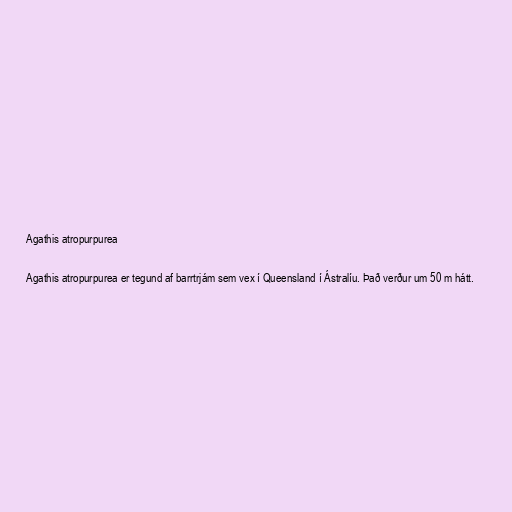
Agathis atropurpurea

Agathis atropurpurea er tegund af barrtrjám sem vex í Queensland í Ástralíu. Það verður um 50 m hátt.